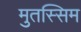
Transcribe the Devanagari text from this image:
मुतस्सिम